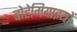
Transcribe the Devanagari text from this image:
बोहेमियाइयों